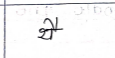
मजकूर: थै